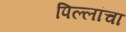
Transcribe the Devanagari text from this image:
पिल्लांचा